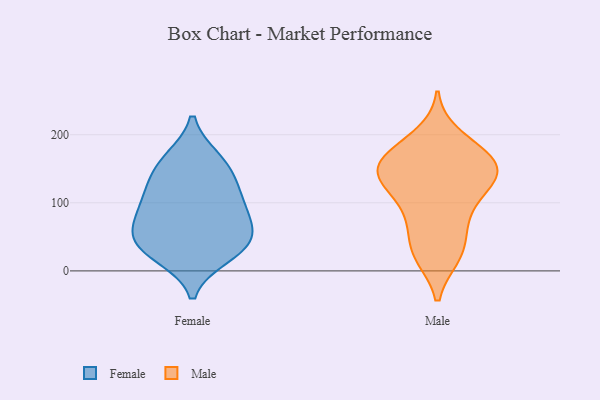
{"axis": {"x": "Customer Acquisition Cost (USD)", "y": "Value"}, "legend": ["Female", "Male"], "data": [{"x": "", "y": 41, "type": "Female"}, {"x": "", "y": 110, "type": "Female"}, {"x": "", "y": 24, "type": "Female"}, {"x": "", "y": 82, "type": "Female"}, {"x": "", "y": 46, "type": "Female"}, {"x": "", "y": 84, "type": "Female"}, {"x": "", "y": 165, "type": "Female"}, {"x": "", "y": 47, "type": "Female"}, {"x": "", "y": 131, "type": "Female"}, {"x": "", "y": 137, "type": "Female"}, {"x": "", "y": 164, "type": "Female"}, {"x": "", "y": 21, "type": "Female"}, {"x": "", "y": 58, "type": "Female"}, {"x": "", "y": 97, "type": "Female"}, {"x": "", "y": 96, "type": "Male"}, {"x": "", "y": 198, "type": "Male"}, {"x": "", "y": 23, "type": "Male"}, {"x": "", "y": 181, "type": "Male"}, {"x": "", "y": 165, "type": "Male"}, {"x": "", "y": 26, "type": "Male"}, {"x": "", "y": 141, "type": "Male"}, {"x": "", "y": 145, "type": "Male"}, {"x": "", "y": 129, "type": "Male"}, {"x": "", "y": 158, "type": "Male"}, {"x": "", "y": 130, "type": "Male"}, {"x": "", "y": 22, "type": "Male"}, {"x": "", "y": 175, "type": "Male"}, {"x": "", "y": 78, "type": "Male"}, {"x": "", "y": 83, "type": "Male"}, {"x": "", "y": 132, "type": "Male"}, {"x": "", "y": 52, "type": "Male"}, {"x": "", "y": 142, "type": "Male"}, {"x": "", "y": 157, "type": "Male"}]}